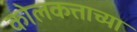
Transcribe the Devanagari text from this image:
कोलकत्ताच्या